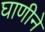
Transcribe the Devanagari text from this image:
घाणीने